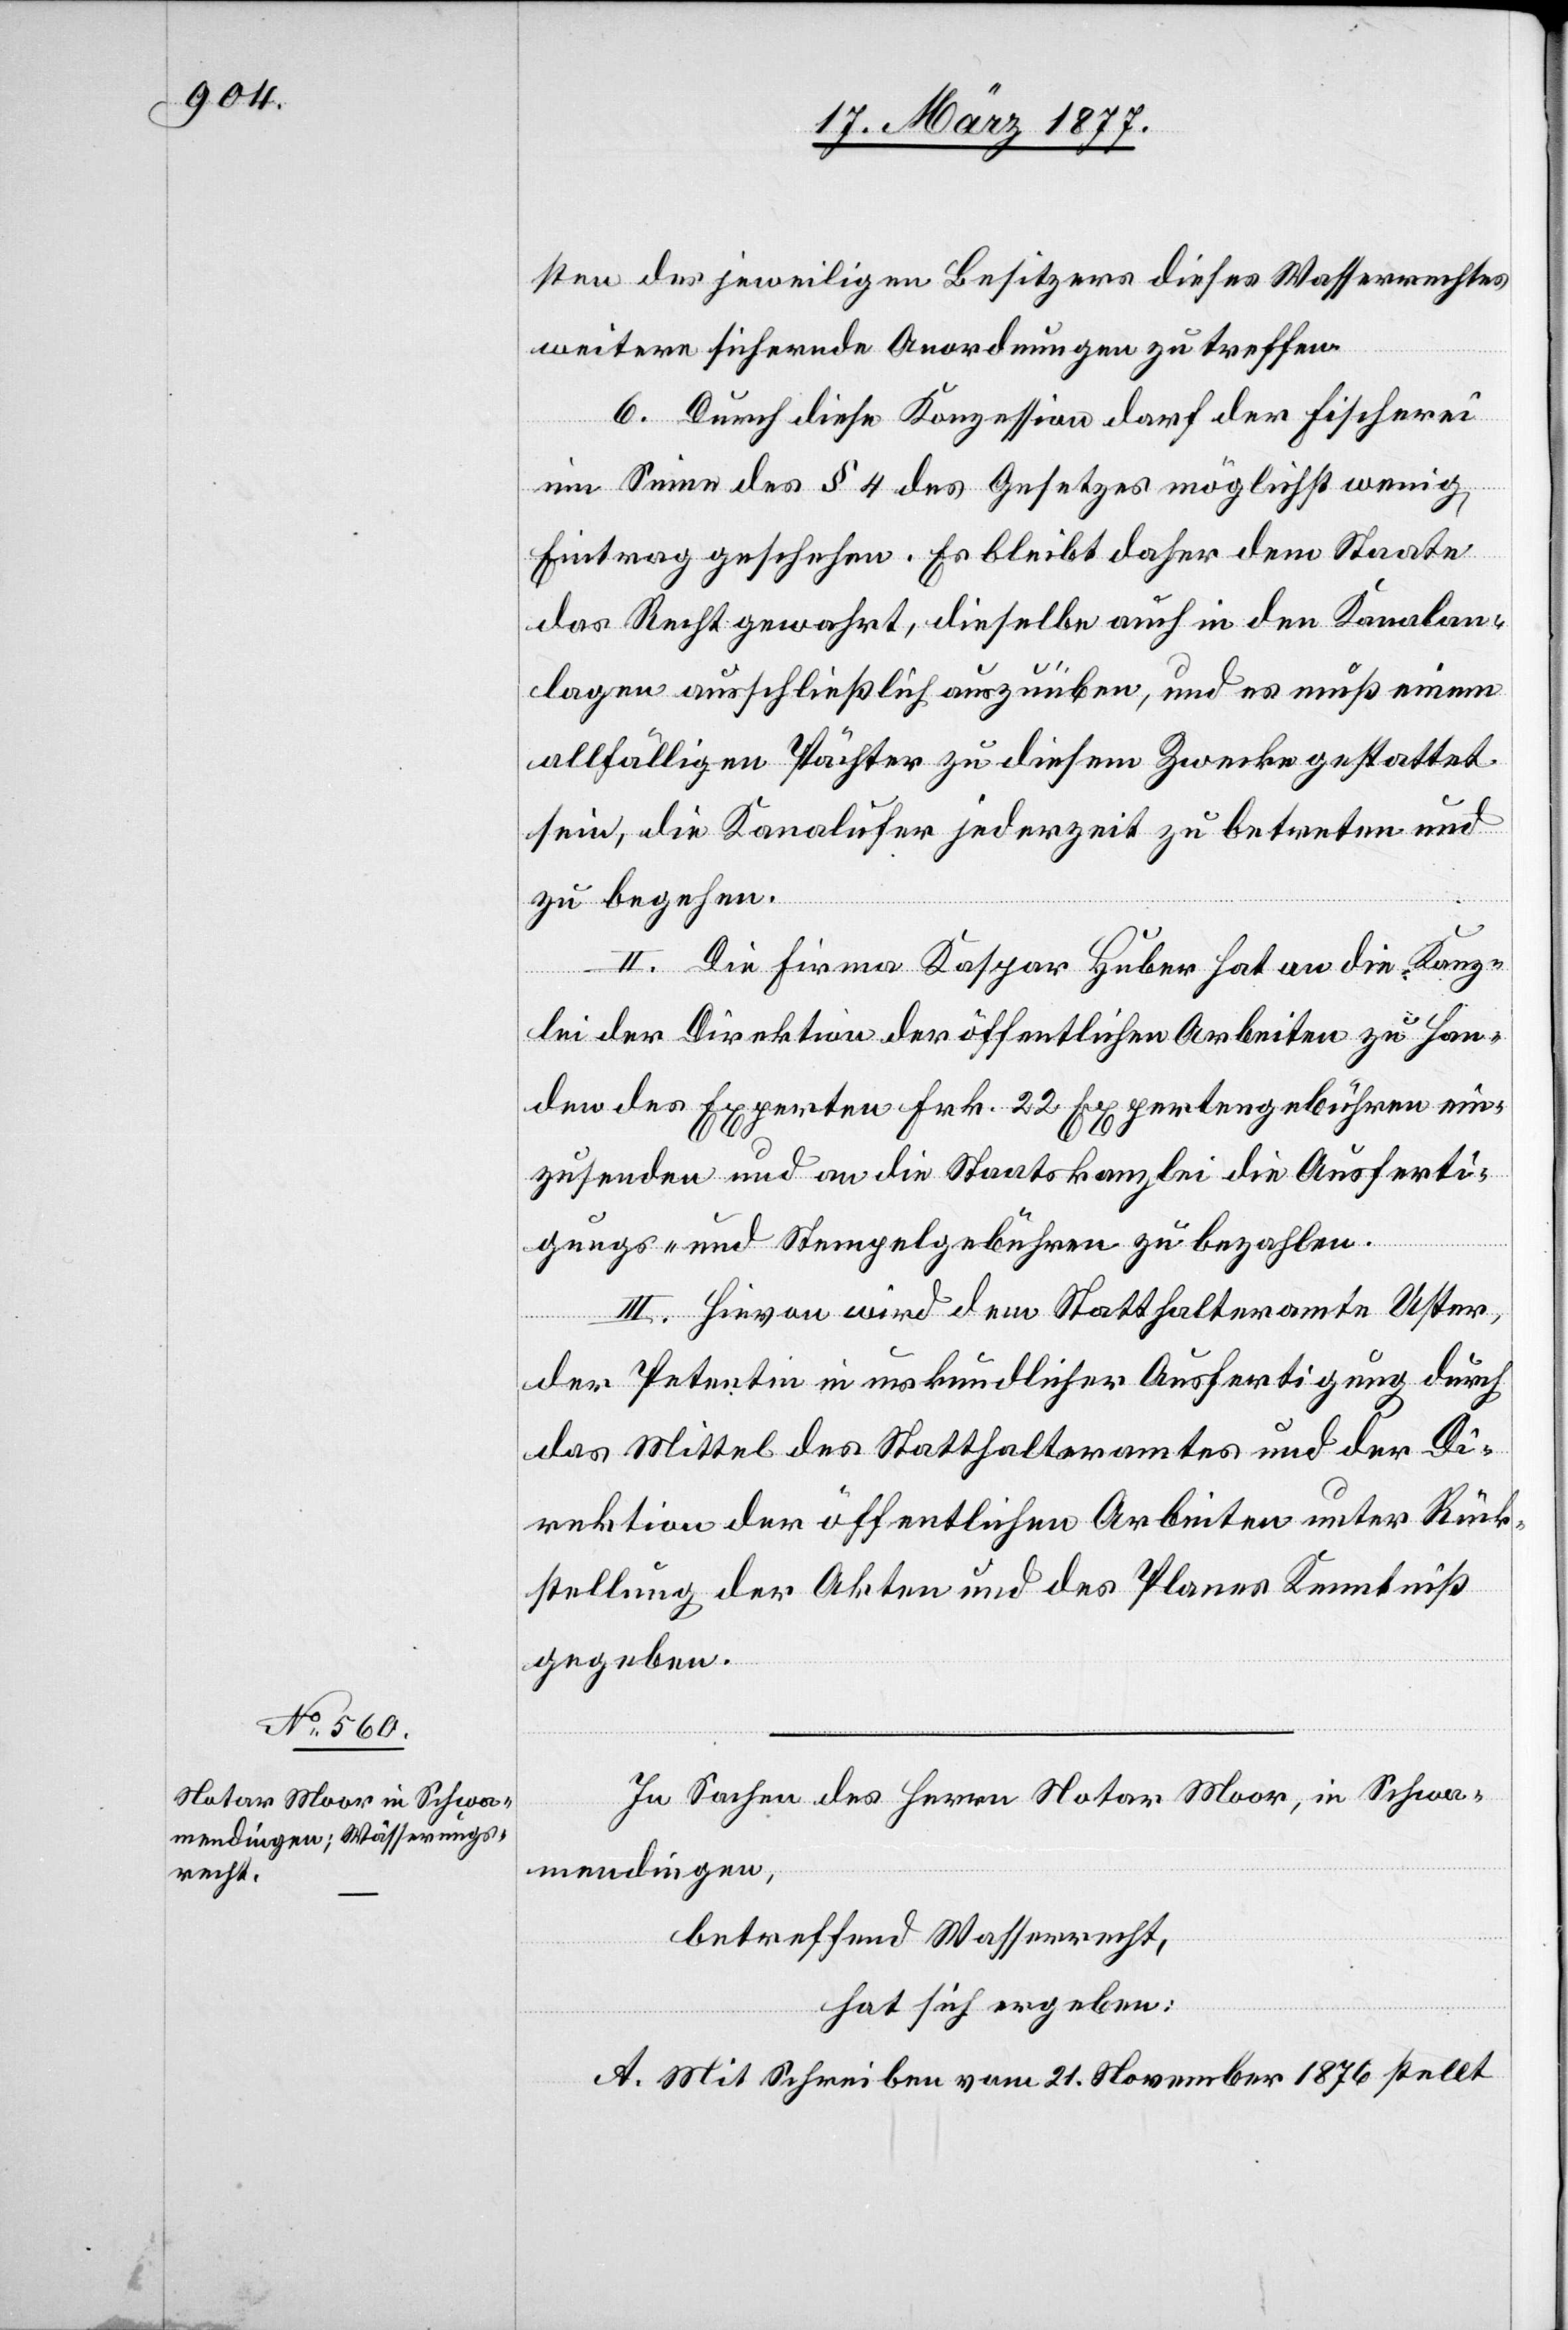
sten des jeweiligen Besitzers dieses Wasserrechtes
weitere sichernde Anordnungen zu treffen.
6. Durch diese Konzession darf der Fischerei
im Sinne des § 4 des Gesetzes möglichst wenig
Eintrag geschehen. Es bleibt daher dem Staate
das Recht gewahrt, dieselbe auch in den Kanalan¬
lagen ausschließlich auszuüben, und es muß einem
allfälligen Pächter zu diesem Zwecke gestattet
sein, die Kanalufer jederzeit zu betreten und
zu begehen.
II. Die Firma Kaspar Huber hat an die Kanz¬
lei der Direktion der öffentlichen Arbeiten zu Han¬
den des Experten Frk. 22 Expertengebühren ein¬
zusenden und an die Staatskanzlei die Ausferti¬
gungs- und Stempelgebühren zu bezahlen.
III. Hievon wird dem Statthalteramte Uster,
der Petentin in urkundlicher Ausfertigung durch
das Mittel des Statthalteramtes und der D¬
irektion der öffentlichen Arbeiten unter Rück¬
stellung der Akten und des Planes Kenntniß
gegeben.
In Sachen des Herrn Notar Moor, in Schwa¬
mendingen,
betreffend Wasserrecht,
hat sich ergeben:
A. Mit Schreiben vom 21. November 1876 stellt